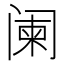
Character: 阑